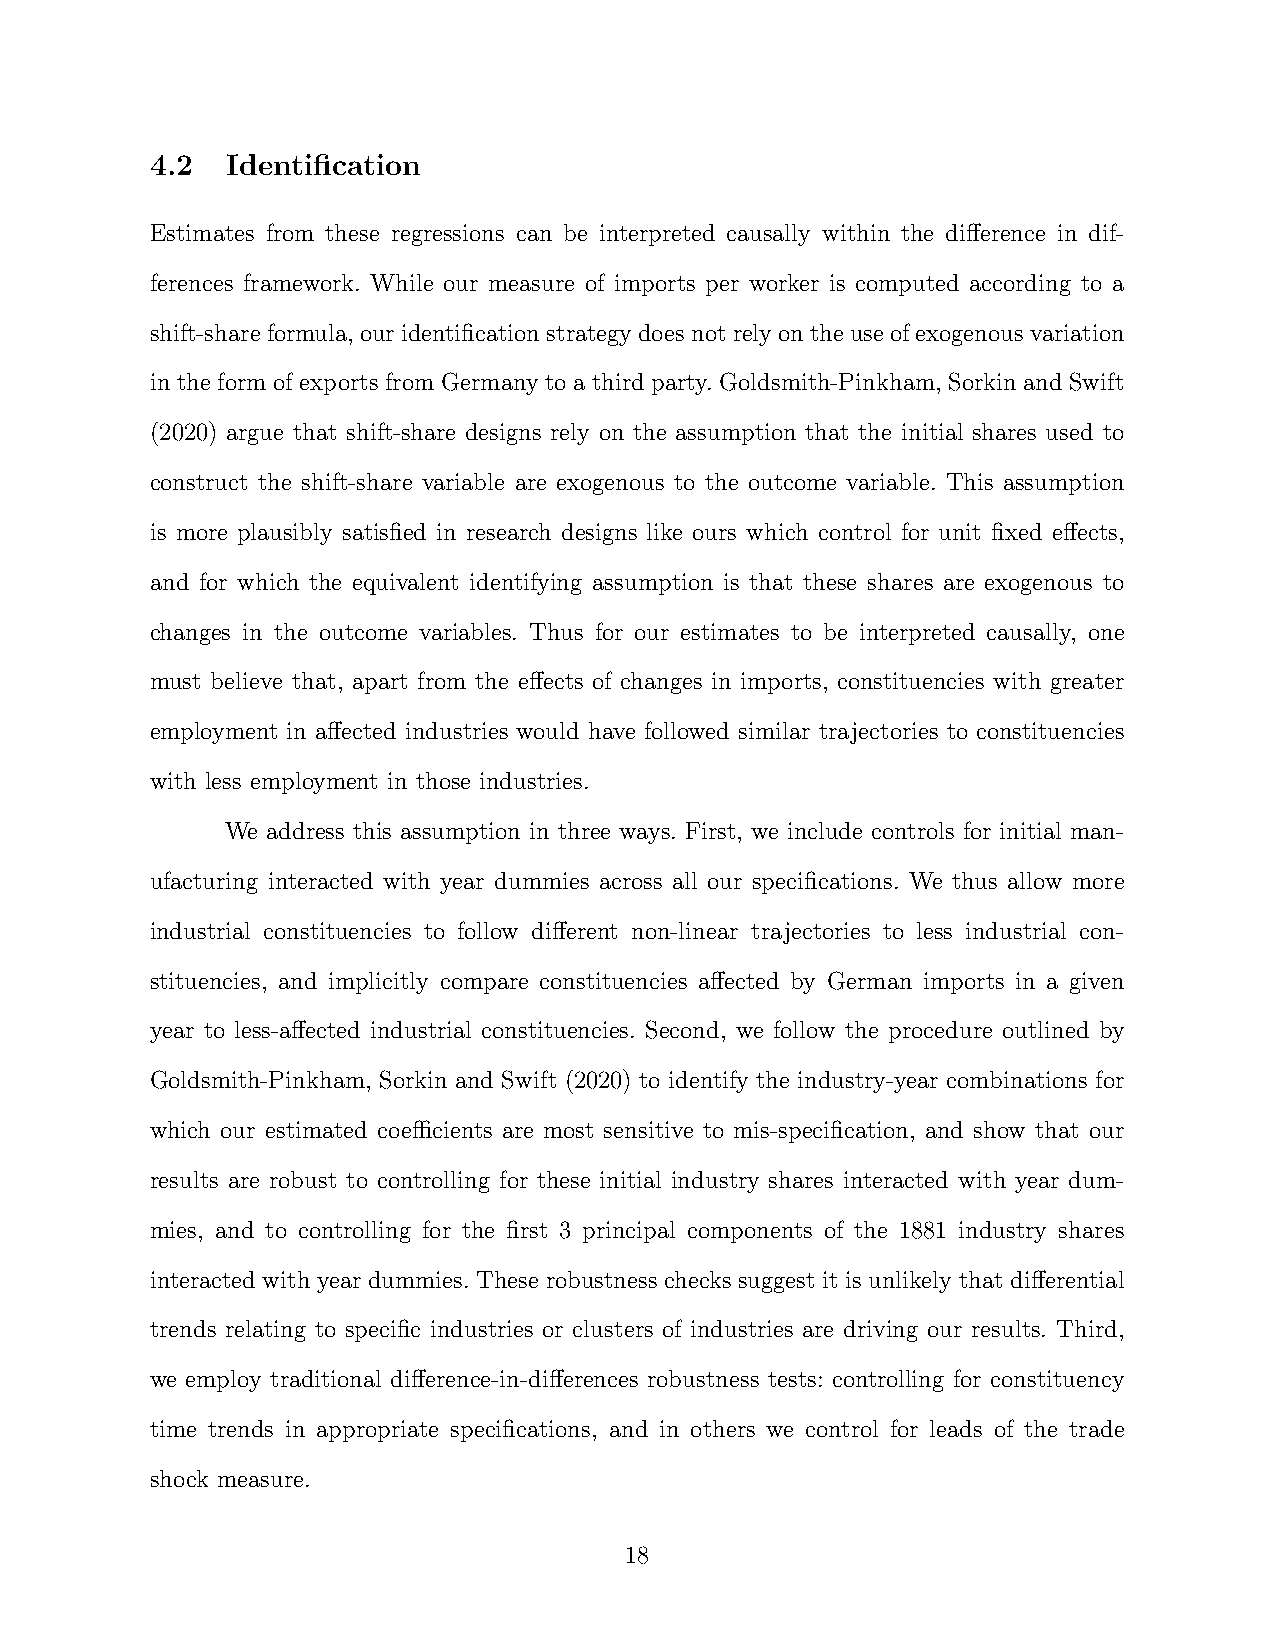
4.2  Identification
 Estimates from these regressions can be interpreted causally within the difference in dif-
 ferences framework. While our measure of imports per worker is computed according to a
 shift-shareformula,ouridentificationstrategydoesnotrelyontheuseofexogenousvariation
 in the form of exports from Germany to a third party. Goldsmith-Pinkham, Sorkin and Swift
 (2020) argue that shift-share designs rely on the assumption that the initial shares used to
 construct the shift-share variable are exogenous to the outcome variable. This assumption
 is more plausibly satisfied in research designs like ours which control for unit fixed effects,
 and for which the equivalent identifying assumption is that these shares are exogenous to
 changes in the outcome variables. Thus for our estimates to be interpreted causally, one
 must believe that, apart from the effects of changes in imports, constituencies with greater
 employment in affected industries would have followed similar trajectories to constituencies
 with less employment in those industries.
 We address this assumption in three ways. First, we include controls for initial man-
 ufacturing interacted with year dummies across all our specifications. We thus allow more
 industrial constituencies to follow different non-linear trajectories to less industrial con-
 stituencies, and implicitly compare constituencies affected by German imports in a given
 year to less-affected industrial constituencies. Second, we follow the procedure outlined by
 Goldsmith-Pinkham, Sorkin and Swift (2020) to identify the industry-year combinations for
 which our estimated coefficients are most sensitive to mis-specification, and show that our
 results are robust to controlling for these initial industry shares interacted with year dum-
 mies, and to controlling for the first 3 principal components of the 1881 industry shares
 interacted with year dummies. These robustness checks suggest it is unlikely that differential
 trends relating to specific industries or clusters of industries are driving our results. Third,
 we employ traditional difference-in-differences robustness tests: controlling for constituency
 time trends in appropriate specifications, and in others we control for leads of the trade
 shock measure.
 18